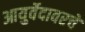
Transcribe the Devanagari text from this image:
आयुर्वेदावरचे